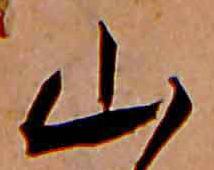
山